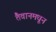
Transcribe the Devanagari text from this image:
तैवानमधून